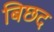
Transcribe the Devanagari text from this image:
बिछद